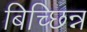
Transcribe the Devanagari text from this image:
बिच्छिन्न